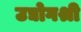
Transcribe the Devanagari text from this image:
उद्योगश्री